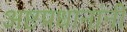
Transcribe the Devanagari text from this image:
अष्टप्रधानांनी